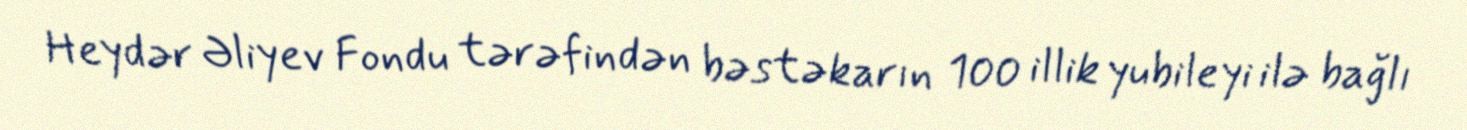
Heydər Əliyev Fondu tərəfindən bəstəkarın 100 illik yubileyi ilə bağlı